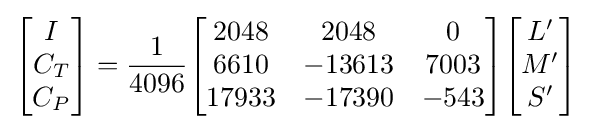
{\begin{bmatrix}I\\C_{T}\\C_{P}\end{bmatrix}}={\frac {1}{4096}}{\begin{bmatrix}2048&2048&0\\6610&-13613&7003\\17933&-17390&-543\end{bmatrix}}{\begin{bmatrix}L'\\M'\\S'\end{bmatrix}}